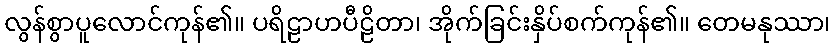
လွန်စွာပူလောင်ကုန်၏။ ပရိဠာဟပီဠိတာ၊ အိုက်ခြင်းနှိပ်စက်ကုန်၏။ တေမနုဿာ၊